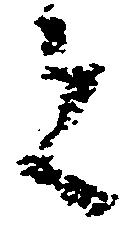
者